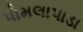
પોમલાપાડા